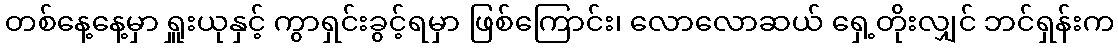
တစ်နေ့နေ့မှာ ရှူးယုနှင့် ကွာရှင်းခွင့်ရမှာ ဖြစ်ကြောင်း၊ လောလောဆယ် ရှေ့တိုးလျှင် ဘင်ရှန်းက